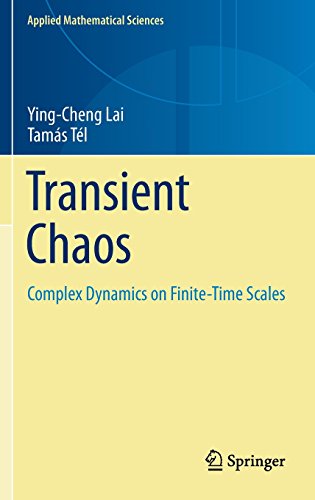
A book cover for Transient Chaos: Complex Dynamics on Finite Time Scales (Applied Mathematical Sciences); Ying-Cheng Lai; Science & Math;